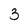
Character: 3